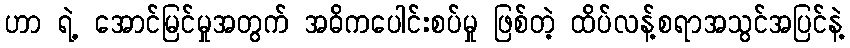
ဟာ ရဲ့ အောင်မြင်မှုအတွက် အဓိကပေါင်းစပ်မှု ဖြစ်တဲ့ ထိပ်လန့်စရာအသွင်အပြင်နဲ့